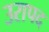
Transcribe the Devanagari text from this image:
उरापद